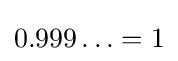
0.999\ldots =1